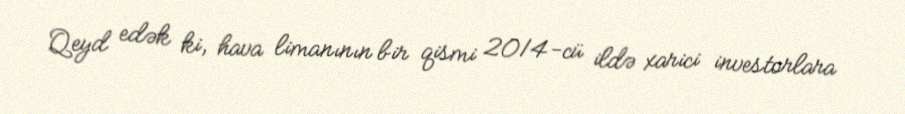
Qeyd edək ki, hava limanının bir qismi 2014-cü ildə xarici investorlara